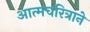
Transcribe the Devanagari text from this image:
आत्मचरित्राने